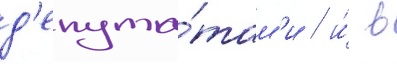
д'епута́там'и / и́ в